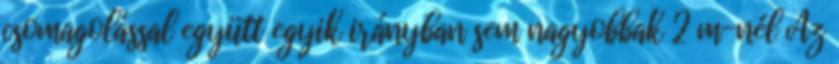
csomagolással együtt egyik irányban sem nagyobbak 2 m-nél Az